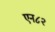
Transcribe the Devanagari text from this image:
एन८२